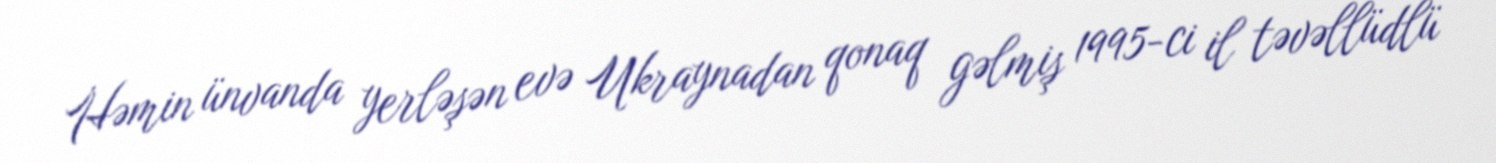
Həmin ünvanda yerləşən evə Ukraynadan qonaq gəlmiş 1995-ci il təvəllüdlü